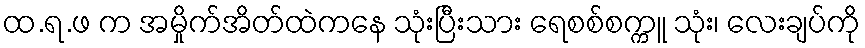
ထ.ရ.ဖ က အမှိုက်အိတ်ထဲကနေ သုံးပြီးသား ရေစစ်စက္ကူ သုံး၊ လေးချပ်ကို